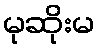
မုဆိုးမ